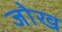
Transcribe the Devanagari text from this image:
जोख